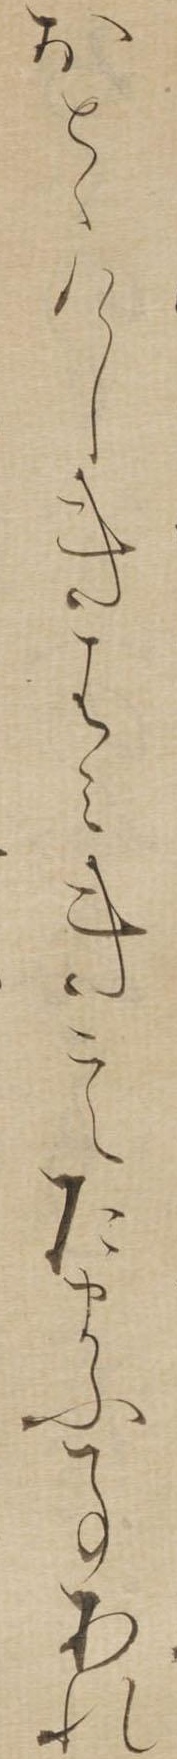
おとゝけしきはみきこえたまふ事あれ